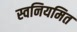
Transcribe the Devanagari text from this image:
स्वनियमित